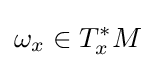
\omega _{x}\in T_{x}^{*}M